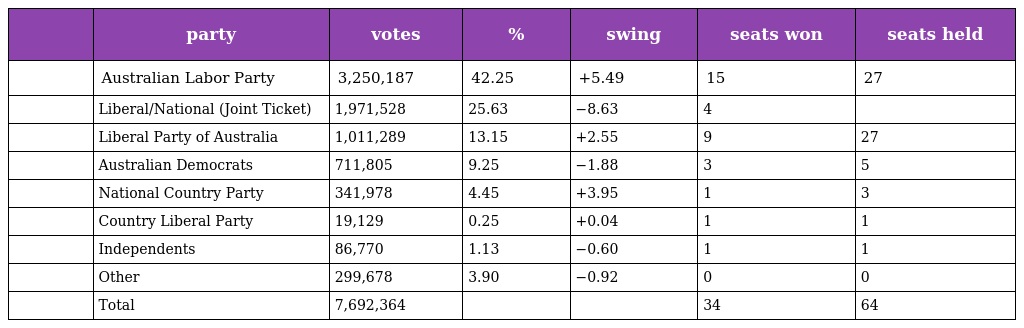
|  | party | votes | % | swing | seats won | seats held |
 | --- | --- | --- | --- | --- | --- | --- |
 |  | Australian Labor Party | 3,250,187 | 42.25 | +5.49 | 15 | 27 |
 |  | Liberal/National (Joint Ticket) | 1,971,528 | 25.63 | −8.63 | 4 |  |
 |  | Liberal Party of Australia | 1,011,289 | 13.15 | +2.55 | 9 | 27 |
 |  | Australian Democrats | 711,805 | 9.25 | −1.88 | 3 | 5 |
 |  | National Country Party | 341,978 | 4.45 | +3.95 | 1 | 3 |
 |  | Country Liberal Party | 19,129 | 0.25 | +0.04 | 1 | 1 |
 |  | Independents | 86,770 | 1.13 | −0.60 | 1 | 1 |
 |  | Other | 299,678 | 3.90 | −0.92 | 0 | 0 |
 |  | Total | 7,692,364 |  |  | 34 | 64 |